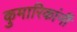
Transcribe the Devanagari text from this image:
कुमारिकांनीं